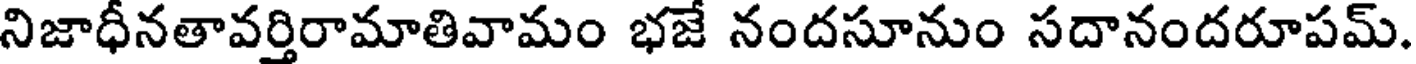
నిజాధీనతావర్తిరామాతివామం భజే నందసూనుం సదానందరూపమ్.